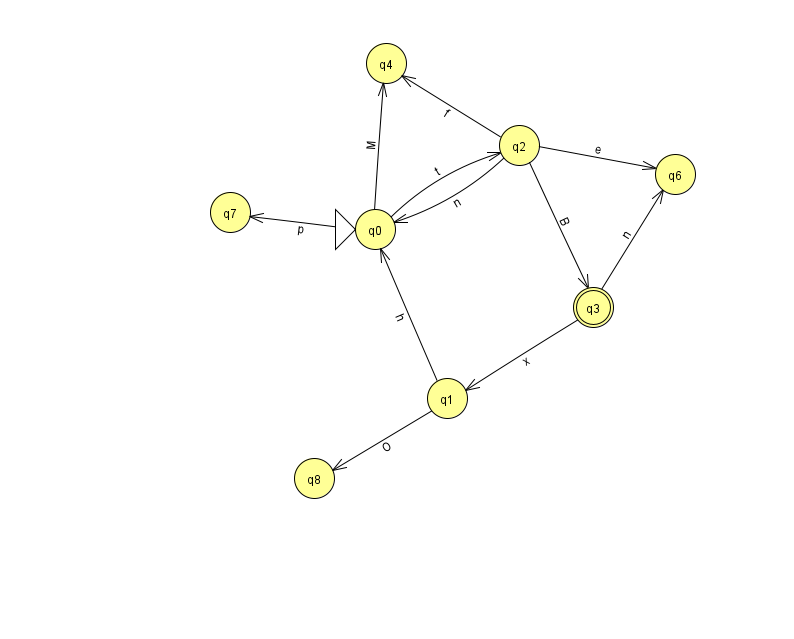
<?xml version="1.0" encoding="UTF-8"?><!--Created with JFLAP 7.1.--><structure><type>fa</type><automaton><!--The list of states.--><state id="0" name="q0"><x>375.0</x><y>216.0</y><initial/></state><state id="1" name="q1"><x>447.0</x><y>385.0</y></state><state id="2" name="q2"><x>519.0</x><y>132.0</y></state><state id="3" name="q3"><x>593.0</x><y>294.0</y><final/></state><state id="4" name="q4"><x>386.0</x><y>50.0</y></state><state id="6" name="q6"><x>675.0</x><y>161.0</y></state><state id="7" name="q7"><x>230.0</x><y>199.0</y></state><state id="8" name="q8"><x>314.0</x><y>465.0</y></state><!--The list of transitions.--><transition><from>2</from><to>0</to><read>n</read></transition><transition><from>3</from><to>6</to><read>n</read></transition><transition><from>1</from><to>0</to><read>h</read></transition><transition><from>2</from><to>3</to><read>B</read></transition><transition><from>0</from><to>2</to><read>t</read></transition><transition><from>0</from><to>7</to><read>p</read></transition><transition><from>1</from><to>8</to><read>O</read></transition><transition><from>2</from><to>6</to><read>e</read></transition><transition><from>2</from><to>4</to><read>f</read></transition><transition><from>0</from><to>4</to><read>M</read></transition><transition><from>3</from><to>1</to><read>x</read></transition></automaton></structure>